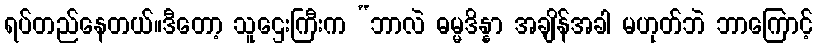
ရပ်တည်နေတယ်။ဒီတော့ သူဌေးကြီးက “ဘာလဲ ဓမ္မဒိန္နာ အချိန်အခါ မဟုတ်ဘဲ ဘာကြောင့်